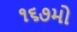
૧૬૭મો